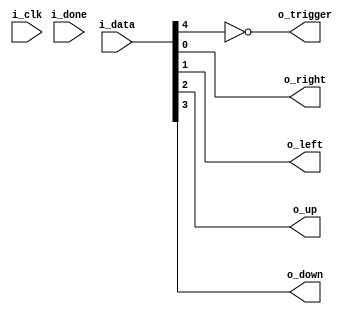
module uart_decode
	(
		input i_clk,
		input i_done,
		input [7:0] i_data,
		output o_right,
		output o_left,
		output o_up,
		output o_down,
		output o_trigger
	);

	assign o_right = i_data[0];
	assign o_left = i_data[1];
	assign o_up = i_data[2];
	assign o_down = i_data[3];
	assign o_trigger = ~i_data[4];

endmodule